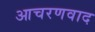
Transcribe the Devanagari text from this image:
आचरणवाद